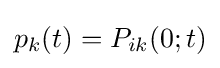
p_{k}(t)=P_{ik}(0;t)